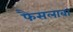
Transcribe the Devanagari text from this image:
फैसलाबा